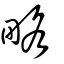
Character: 畧